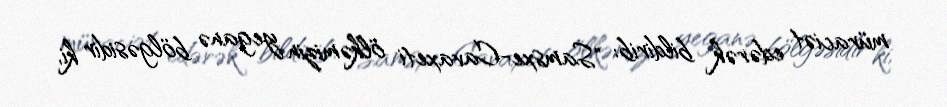
müraciət edərək bildirib: "Samsxe-Cavaxeti ölkəmizin yeganə bölgəsidir ki,